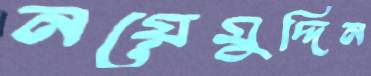
নয়েমুদ্দিন